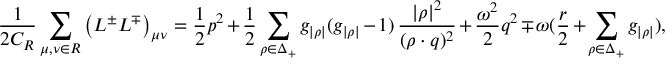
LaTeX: { \frac { 1 } { 2 C _ { \cal R } } } \sum _ { \mu , \nu \in { \cal R } } \left( L ^ { \pm } L ^ { \mp } \right) _ { \mu \nu } = { \frac { 1 } { 2 } } p ^ { 2 } + { \frac { 1 } { 2 } } \sum _ { \rho \in \Delta _ { + } } g _ { | \rho | } ( g _ { | \rho | } - 1 ) \, { \frac { | \rho | ^ { 2 } } { ( \rho \cdot q ) ^ { 2 } } } + { \frac { \omega ^ { 2 } } { 2 } } q ^ { 2 } \mp \omega ( { \frac { r } { 2 } } + \sum _ { \rho \in \Delta _ { + } } g _ { | \rho | } ) ,